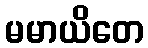
မမာယိတေ